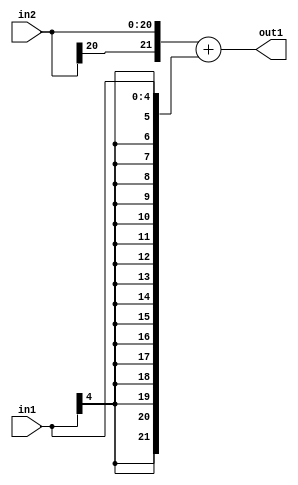
`timescale 1ps / 1ps
/*****************************************************************************
    Verilog RTL Description
    
    
    Created by: Stratus DpOpt 2019.1.01 
*******************************************************************************/

module cache_Add_21Sx5S_22S_1 (
	in2,
	in1,
	out1
	); /* architecture "behavioural" */ 
input [20:0] in2;
input [4:0] in1;
output [21:0] out1;
wire [21:0] asc001;

assign asc001 = 
	+({in2[20], in2})
	+({{17{in1[4]}}, in1});

assign out1 = asc001;
endmodule

/* CADENCE  ubP1TQw= : u9/ySgnWtBlWxVPRXgAZ4Og= ** DO NOT EDIT THIS LINE ******/